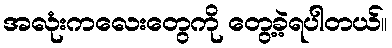
အလုံးကလေးတွေကို တွေ့ခဲ့ရပါတယ်။